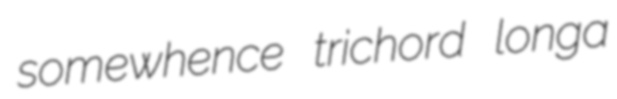
somewhence trichord longa